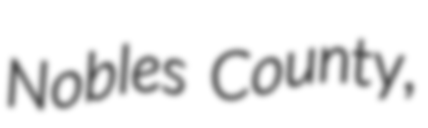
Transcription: Nobles County,